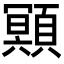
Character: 䫤